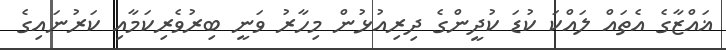
ޣައްޒާގެ އެތައް ލައްކަ ކުޑަ ކުދީންގެ ދިރިއުޅުން މިހާރު ވަނީ ބިރުވެރިކަމާއި ކަރުނައިގެ